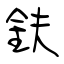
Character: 鈇